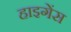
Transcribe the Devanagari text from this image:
हाइगेंस